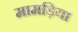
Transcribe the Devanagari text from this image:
मामड़िया